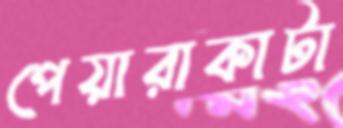
পেয়ারাকাটা